Indian journal of veterinary science and animal husbandry - Volume 3,
Year: 1933
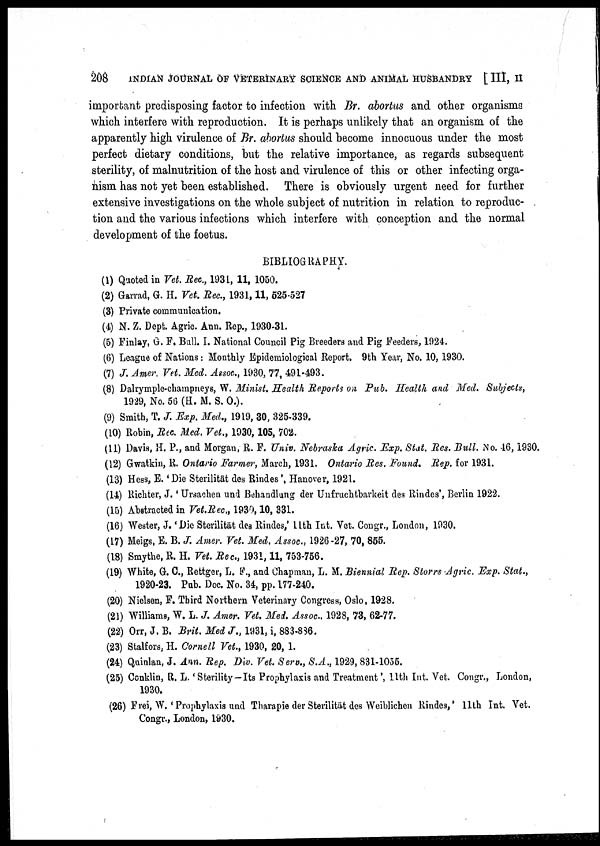
208
INDIAN JOURNAL OF VETERINARY SCIENCE AND ANIMAL HUSBANDRY [ III, II
important predisposing factor to infection with Br. abortus and other organisms
which interfere with reproduction. It is perhaps unlikely that an organism of the
apparently high virulence of Br. abortus should become innocuous under the most
perfect dietary conditions, but the relative importance, as regards subsequent
sterility, of malnutrition of the host and virulence of this or other infecting orga-
nism has not yet been established. There is obviously urgent need for further
extensive investigations on the whole subject of nutrition in relation to reproduc-
tion and the various infections which interfere with conception and the normal
development of the foetus.
BIBLIOGRAPHY.
(1) Quoted in Vet. Rec., 1931, 11, 1050.
(2) Garrad, G. H. Vet. Rec., 1931,11, 525-527
(3) Private communication.
(4) N. Z. Dept. Agric. Ann. Rep., 1930-31.
(5) Finlay, G. F. Bull. I. National Council Pig Breeders and Pig Feeders, 1924.
(6) League of Nations: Monthly Epidemiological Report. 9th Year, No. 10, 1930.
(7) J. Amer. Vet. Med. Assoc., 1930, 77, 491-493.
(8) Dalrymple-champneys, W. Minist. Health Reports on Pub. Health and Med. Subjects,
1929, No. 56 (H. M. S. O.).
(9) Smith, T. J. Exp. Med., 1919, 30, 325-339.
(10) Robin, Rec. Med. Vet., 1930, 105, 702.
(11) Davis, H. P., and Morgan, R. F. Univ. Nebraska Agric. Exp. Stat. Res. Bull. No. 46, 1930.
(12) Gwatkin, R. Ontario Farmer, March, 1931. Ontario Res. Found. Rep. for 1931.
(13) Hess, E. ' Die Sterilität des Rindes', Hanover, 1921.
(14) Richter, J. ' Ursachen and Behandlung der Unfruchtbarkeit des Rindes', Berlin 1922.
(15) Abstracted in Vet.Rec., 1930, 10, 331.
(16) Wester, J. 'Die Sterilität des Rindes,' 11th Int. Vet. Congr., London, 1930.
(17) Meigs, E. B. J. Amer. Vet. Med. Assoc, 1926-27, 70, 855.
(18) Smythe, R. H. Vet. Rec., 1931, 11, 753-756.
(19) White, G. C., Rettger, L. F., and Chapman, L. M. Biennial Rep. Storrs Agric. Exp. Stat.,
1920-23. Pub. Doc. No. 34, pp. 177-240.
(20) Nielsen, F. Third Northern Veterinary Congress, Oslo, 1928.
(21) Williams, W. L. J. Amer. Vet. Med. Assoc. 1928, 73, 62-77.
(22) Orr, J. B. Brit. Med J., 1931, i, 883-836.
(23) Stalfors, H. Cornell Vet., 1930, 20, 1.
(24) Quinlan, J. Ann. Rep. Div. Vet. Serv., S.A., 1929, 831-1055.
(25) Conklin, R. L. 'Sterility-Its Prophylaxis and Treatment ', 11th Int. Vet. Congr., London,
1930.
(26) Frei, W. ' Prophylaxis and Tharapie der Sterilität des Weiblichen Rindes,' 11th Int. Vet.
Congr., London, 1930.